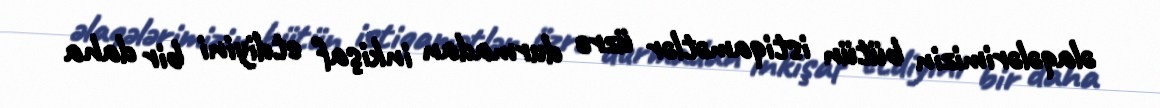
əlaqələrimizin bütün istiqamətlər üzrə durmadan inkişaf etdiyini bir daha